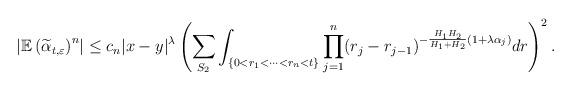
LaTeX: \begin{align*}\left|\mathbb{E}\left(\widetilde{\alpha}_{t,\varepsilon}\right)^n\right|&\leq c_n|x-y|^{\lambda}\left(\sum_{S_2}\int_{\{0<r_1<\cdots<r_n<t\}}\prod_{j=1}^n(r_j-r_{j-1})^{-\frac{H_1H_2}{H_1+H_2}(1+\lambda\alpha_j)}dr\right)^2.\end{align*}